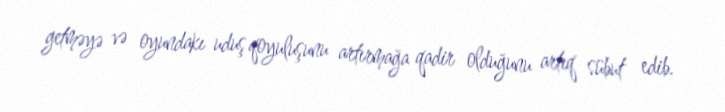
getməyə və oyundakı uduş qoyuluşunu artırmağa qadir olduğunu artıq sübut edib.